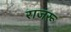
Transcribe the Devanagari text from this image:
राजरू